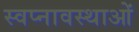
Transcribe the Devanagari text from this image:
स्वप्नावस्थाओं